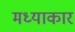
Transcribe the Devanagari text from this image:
मध्याकार